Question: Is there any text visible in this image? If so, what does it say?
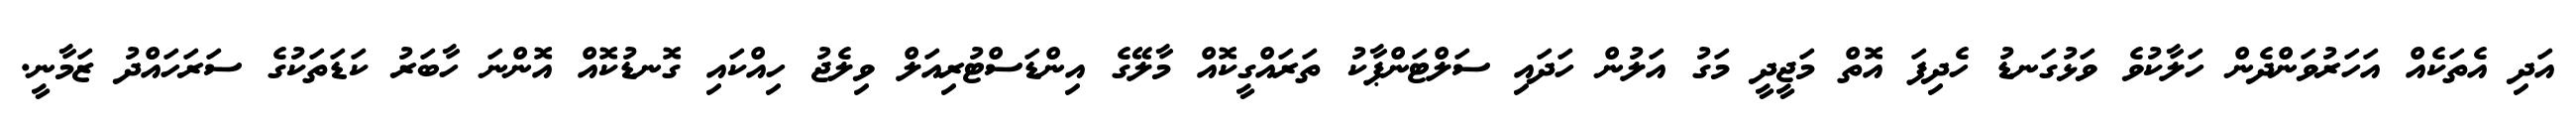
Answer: އަދި އެތަކެއް އަހަރުވަންދެން ހަލާކުވެ ވަޅުގަނޑު ހެދިފަ އޮތް މަޖީދީ މަގު އަލުން ހަދައި ސަލްޓަންޕާކު ތަރައްގީކޮއް މާލޭގެ އިންޑަސްޓުރިއަލް ވިލެޖު ހިއްކައި ގޮނޑުކޮއް އޮންނަ ހާބަރު ކަޑަތަކުގެ ސަރަހައްދު ޒަމާނީ.